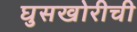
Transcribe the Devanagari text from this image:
घुसखोरीची